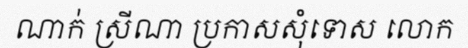
ណាក់ ស្រីណា ប្រកាសសុំទោស លោក